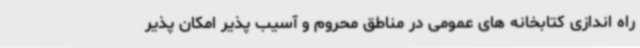
راه اندازی کتابخانه های عمومی در مناطق محروم و آسیب پذیر امکان پذیر